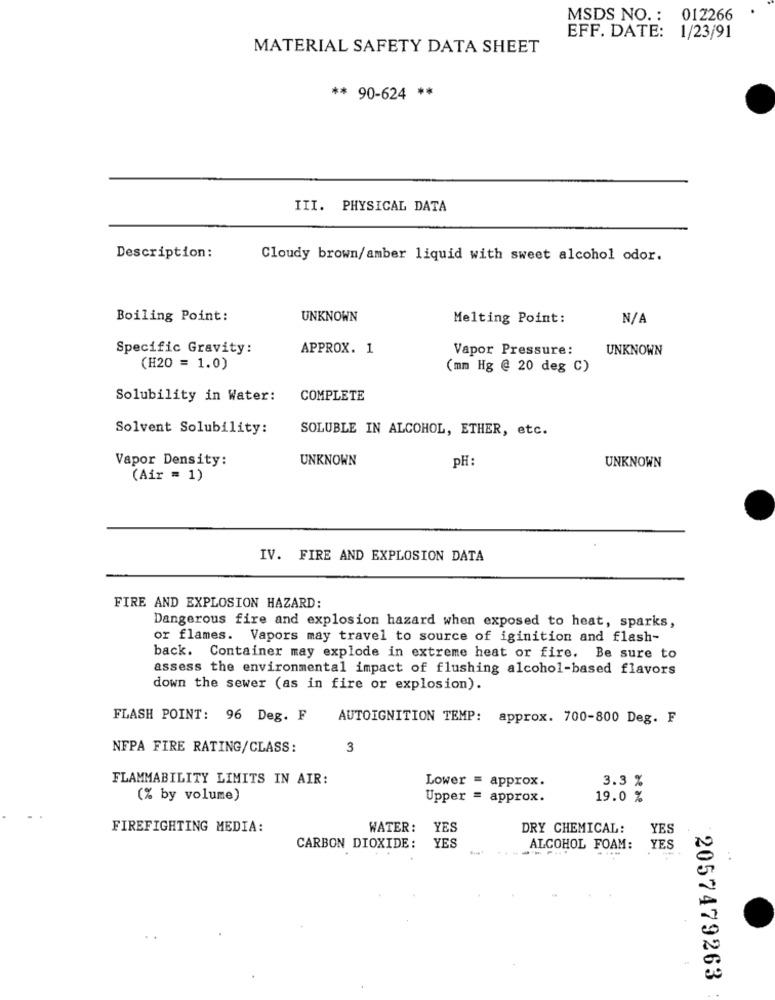
MSDS NO .: 012266
EFF. DATE: 1/23/91
MATERIAL SAFETY DATA SHEET
** 90-624 **
III. PHYSICAL DATA
Description:
Cloudy brown/amber liquid with sweet alcohol odor.
Boiling Point:
UNKNOWN
Melting Point:
Specific Gravity:
APPROX. 1
Vapor Pressure:
UNKNOWN
(H20 = 1.0)
(mm Hg @ 20 deg C)
Solubility in Water:
COMPLETE
Solvent Solubility:
SOLUBLE IN ALCOHOL, ETHER, etc.
Vapor Density:
UNKNOWN
pH
UNKNOWN
(Air = 1)
IV. FIRE AND EXPLOSION DATA
FIRE AND EXPLOSION HAZARD:
Dangerous fire and explosion hazard when exposed to heat, sparks,
or flames. Vapors may travel to source of iginition and flash-
back. Container may explode in extreme heat or fire. Be sure to
assess the environmental impact of flushing alcohol-based flavors
down the sewer (as in fire or explosion).
FLASH POINT: 96 Deg. F
AUTOIGNITION TEMP: approx. 700-800 Deg. F
NFPA FIRE RATING/CLASS:
3
FLAMMABILITY LIMITS IN AIR:
Lower = approx.
3.3 %
(% by volume)
Upper = approx.
19.0 %
FIREFIGHTING MEDIA:
WATER: YES
DRY CHEMICAL:
YES
CARBON DIOXIDE: YES
ALCOHOL FOAM: YES
2057479263